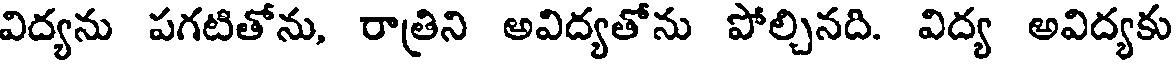
విద్యను పగటితోను, రాత్రిని అవిద్యతోను పోల్చినది. విద్య అవిద్యకు